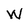
Character: W